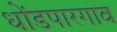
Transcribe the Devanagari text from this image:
धोंडपारगाव